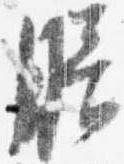
膳